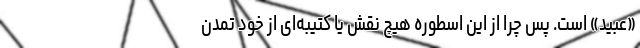
«عُبید» است. پس چرا از این اسطوره هیچ نقش یا کتیبه‌ای از خود تمدن